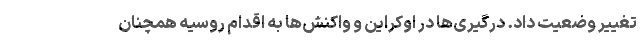
تغییر وضعیت داد. درگیری‌ها در اوکراین و واکنش‌ها به اقدام روسیه همچنان